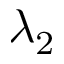
\lambda _ { 2 }